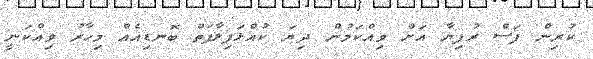
ކުރިން ފަސް ރުފިޔާ އަށް ވިއްކަމުން ދިޔަ ކުއްޅަފިލާފަތް ބޮނޑިއެއް މިހާރު ވިއްކަނީ